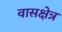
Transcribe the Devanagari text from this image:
वासक्षेत्र